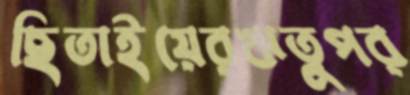
ছিতাইয়েরঋতুপর